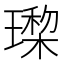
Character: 𰢎